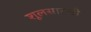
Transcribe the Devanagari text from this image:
शूलसारखी